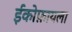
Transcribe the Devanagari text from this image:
ईकोफ़ायला